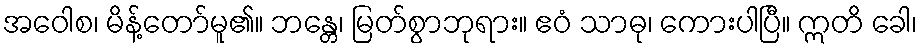
အဝေါစ၊ မိန့်တော်မူ၏။ ဘန္တေ၊ မြတ်စွာဘုရား။ ဧဝံ သာဓု၊ ကေားပါပြီ။ ဣတိ ခေါ၊